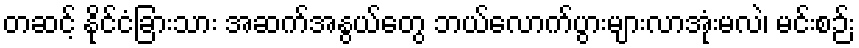
တဆင့် နိုင်ငံခြားသား အဆက်အနွယ်တွေ ဘယ်လောက်ပွားများလာအုံးမလဲ၊ မင်းစဉ်း